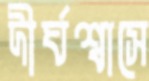
দীর্ঘশ্বাসে